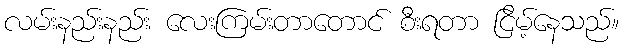
လမ်းနည်းနည်း လေးကြမ်းတာတောင် စီးရတာ ငြိမ့်နေသည်။